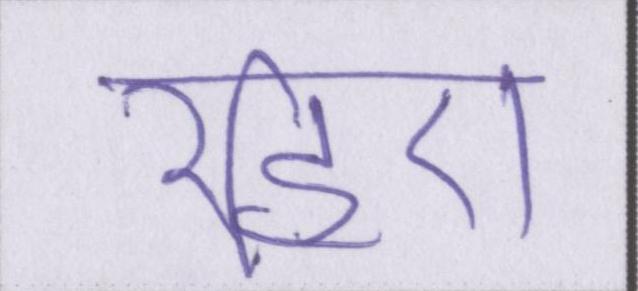
रहिए